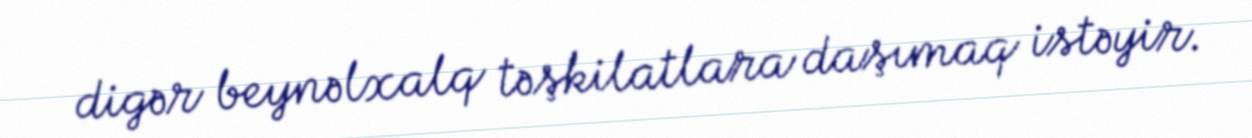
digər beynəlxalq təşkilatlara daşımaq istəyir.